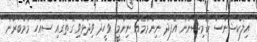
އިލެކްޝަންސް ކޮމިޝަނުން އެފަދަ ނިންމުމެއް ނިންމީ ވަހީދު ވިދާޅުވި ގޮތުގައި ސައްހަ މެމްބަރުން